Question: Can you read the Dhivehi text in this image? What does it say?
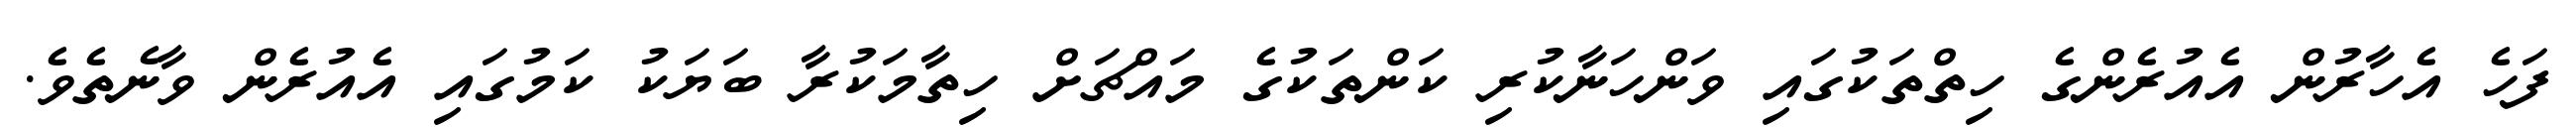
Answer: ފަހެ އެހާރުން އެއުރެންގެ ހިތްތަކުގައި ވަންހަނާކުރި ކަންތަކުގެ މައްޗަށް ހިތާމަކުރާ ބަޔަކު ކަމުގައި އެއުރެން ވާނެތެވެ.